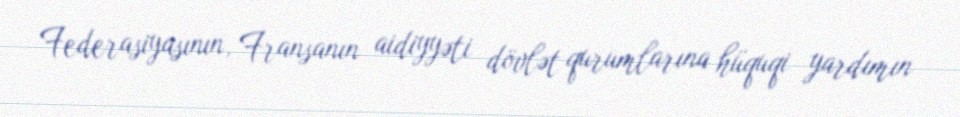
Federasiyasının, Fransanın aidiyyəti dövlət qurumlarına hüquqi yardımın